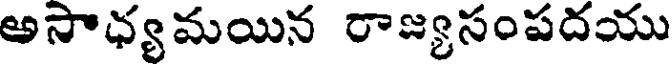
అసాధ్యమయిన రాజ్యసంపదయు